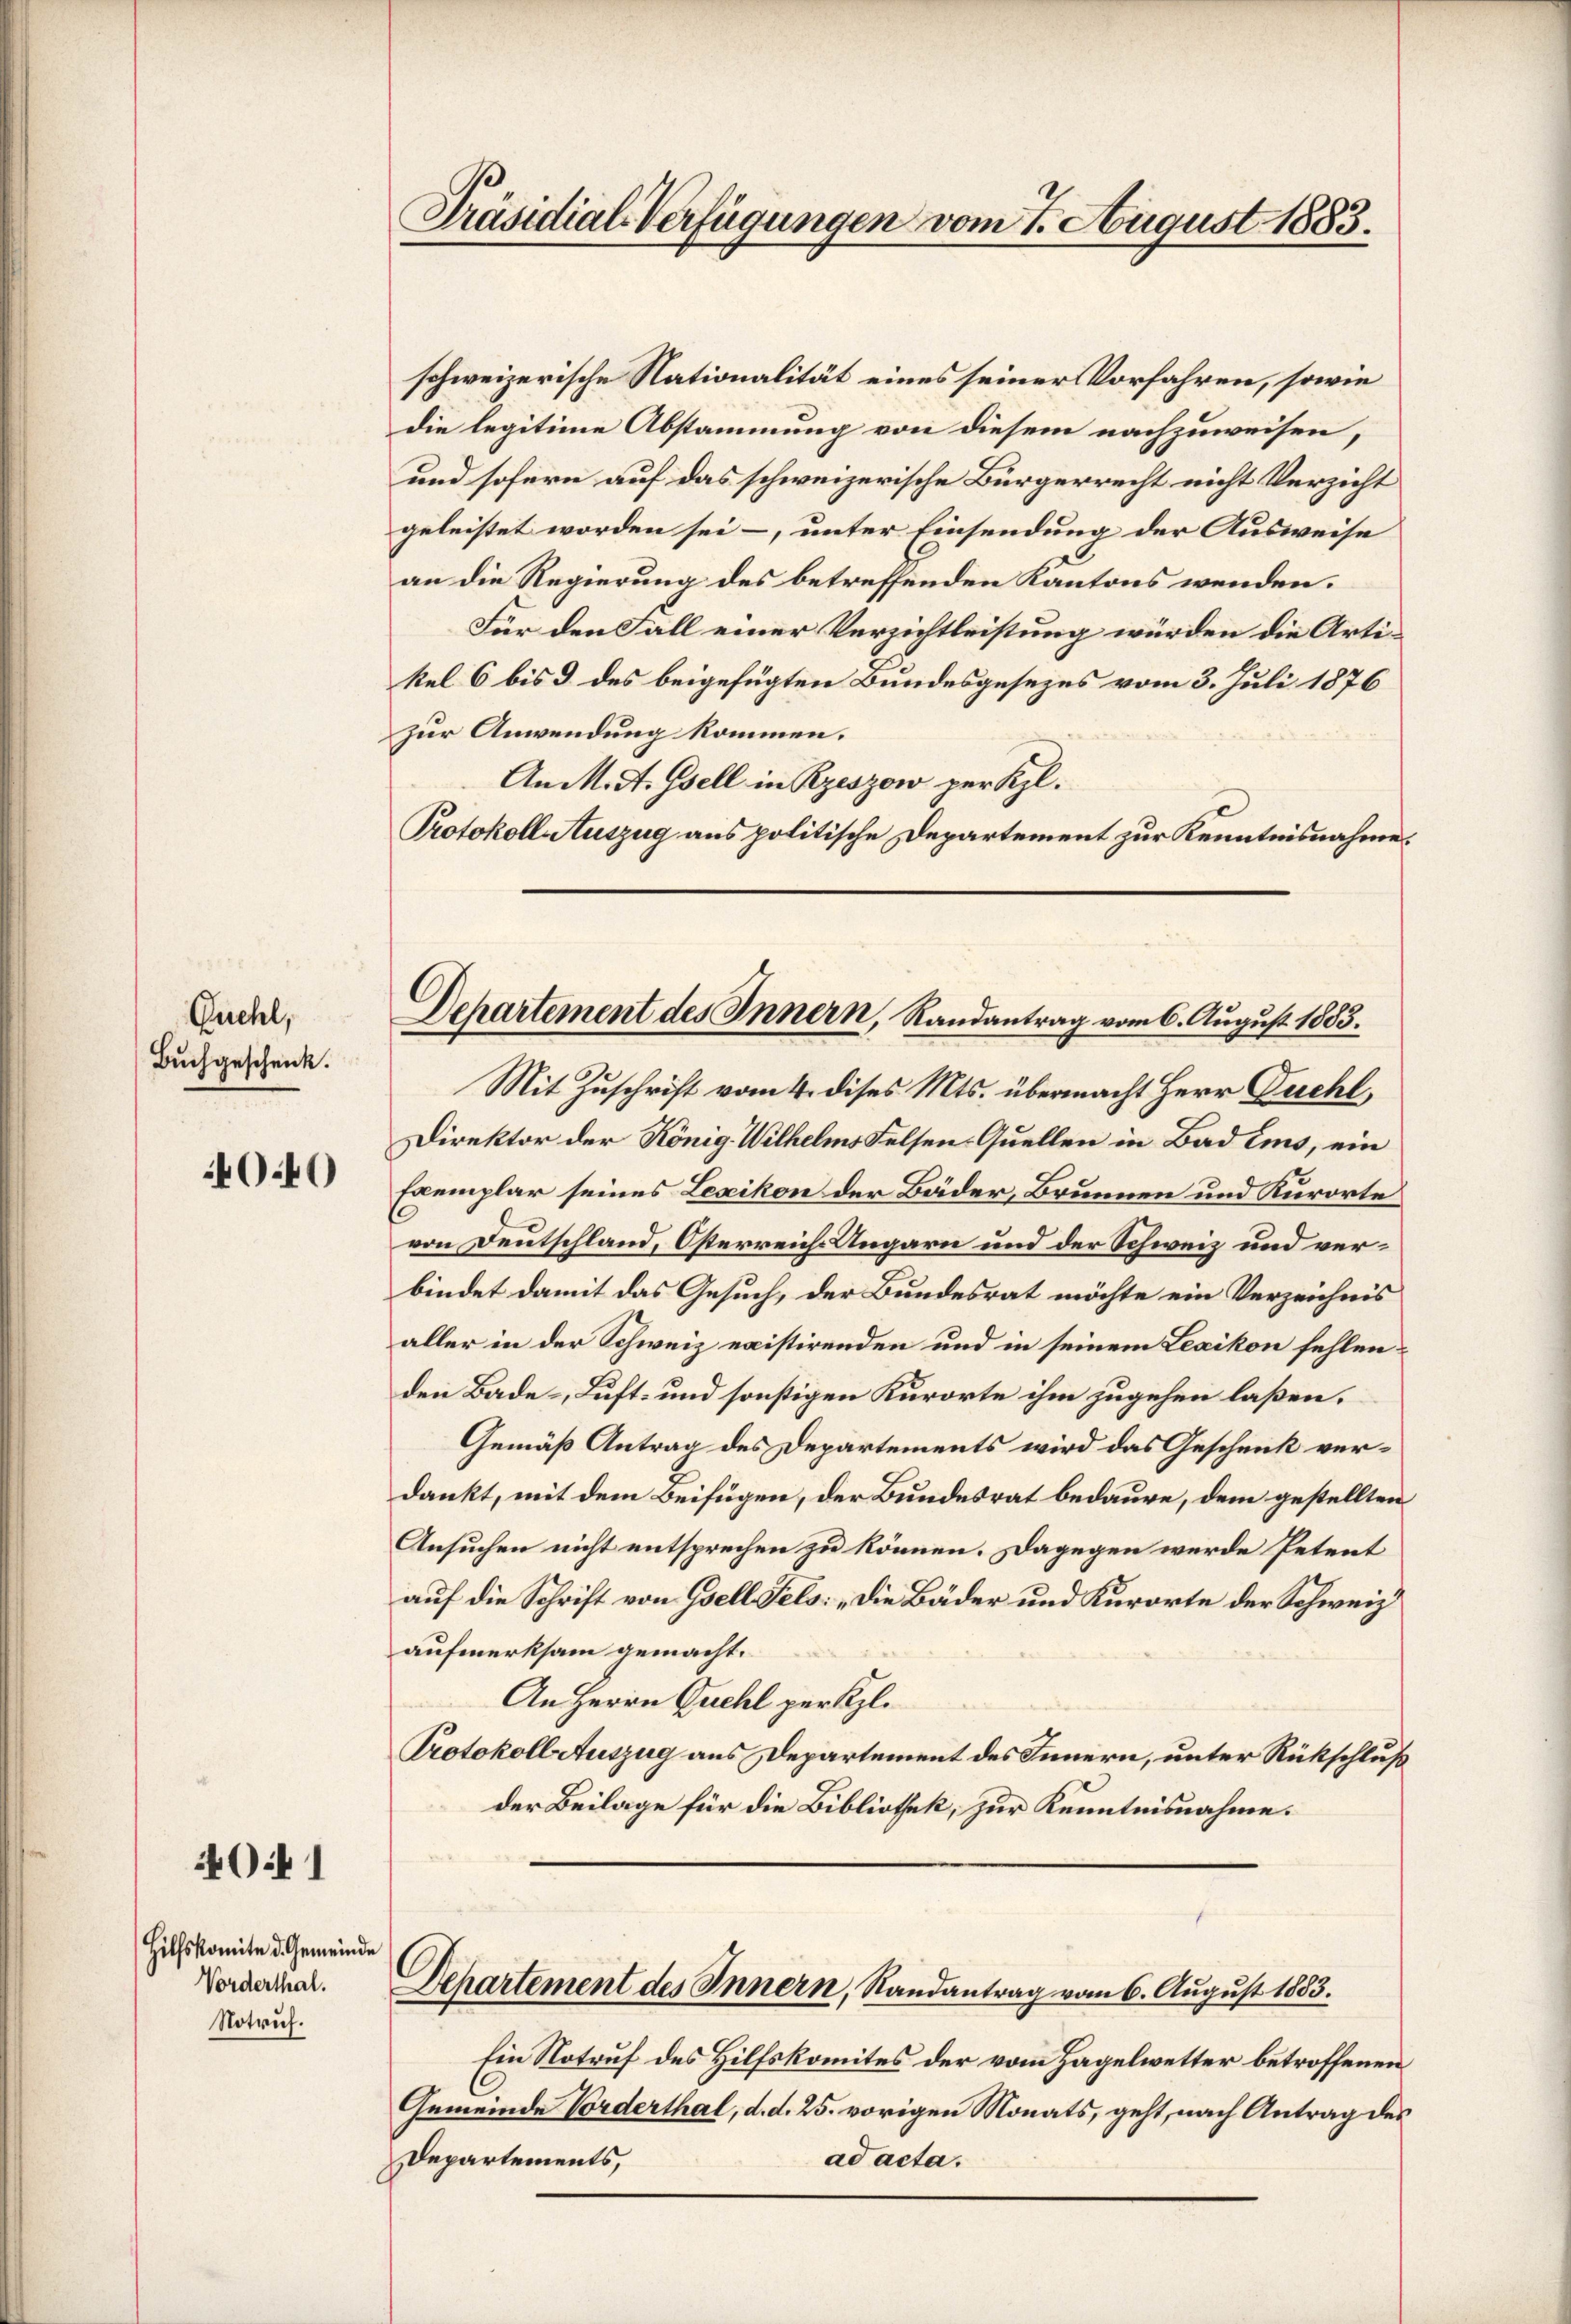
Quehl,
Buchgeschenk.

4040

O.1

Hilfskomite d. Gemeinde
Vorderthal.
Notrich.

Präsidial-Verfügungen vom 7. August 1883.

schweizerische Nationalität eines seiner Vorfahren, sowie
die legitime Abstammung von diesem nachzuweisen,
und sofern auf das schweizerische Bürgerrecht nicht Verzicht
geleistet worden sei –, unter Einsendung der Ausweise
an die Regierung des betreffenden Kantons wenden.
Für den Fall einer Verzichtleistung würden die Artikel 6 bis 3 des beigefügten Bundesgesezes vom 3. Juli 1876
zur Anwendung kommen.
An M. St. Gsell in Rzeszow per Kl.
Protokoll Auszug aus politische Departement zur Kenntnisnahme.

Dehartement des Innern, Randantrag vom 6. August 1883.

Mit Zuschrift vom 4. dises Mts. übermacht Herr Duchl
Direktor der König. Wilhelms Felsen-Quellen in Bad eins, ein
Exemplar seines Lexikon der Bäder, Brunnen und Kurorte
von Deutschland, Österreich Ungarn und der Schweiz und verbindet damit das Gesuch, der Bundesrat möchte ein Verzeichnis
aller in der Schweiz existirenden und in seinem Lexikon fehlenden Bade-, Luft- und sonstigen Kurorte ihm zugehen laßen.
Gemäß Antrag des Departements wird das Geschenk verdankt, mit dem Beifügen, der Bundesrat bedaure, dem gestellten
Ansuchen nicht entsprechen zu können. Dagegen werde Petent
auf die Schrift von Isell Fels: „Die Bäder und Kurorte der Schweiz.
aufmerksam gemacht.
An Herrn Quehl per Kgl.
Protokoll Auszug aus Departement des Innern, unter Rückschluß
der Beilage für die Bibliothek, zur Kenntnisnahme.

Dehartement des Innern, Randantrag vom 6. August 1883.

Ein Notruf des Hilfskomites der vom Hagelwetter betroffenen
Gemeinde Vorderthal, d. d. 25. vorigen Monats, geht, nach Antrag des
Departements,
ad acta.